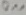
Text: Q11